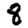
Digit: 8